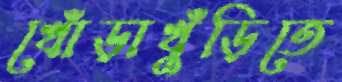
খোঁড়াখুঁড়িতে